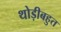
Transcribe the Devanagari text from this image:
थोड़ीबहुत